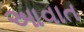
આવાત